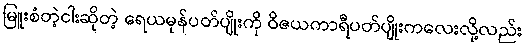
မြူးစံတဲ့ငါးဆိုတဲ့ ရေယမုန်ပတ်ပျိုးကို ဝိဇယကာရီပတ်ပျိုးကလေးလို့လည်း